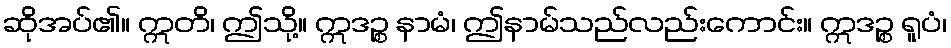
ဆိုအပ်၏။ ဣတိ၊ ဤသို့။ ဣဒဉ္စ နာမံ၊ ဤနာမ်သည်လည်းကောင်း။ ဣဒဉ္စ ရူပံ၊